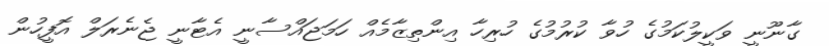
ގާނޫނީ ވަކީލުކަމުގެ ހުވާ ކުރުމުގެ ހުރިހާ އިންތިޒާމެއް ހަމަޖައްސާނީ އެޓާނީ ޖެނެރަލް އޮފީހުން